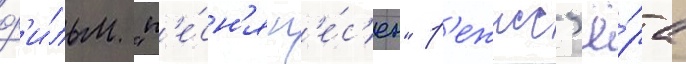
ф'и́льм "п'е́сн'я п'е́с'ен" р'ежисс'ё́ра